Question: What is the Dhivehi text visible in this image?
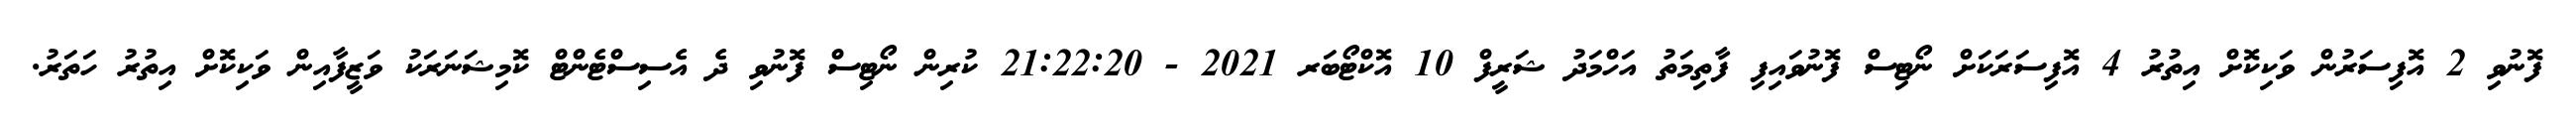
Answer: ފޮނުވި 2 އޮފިސަރުން ވަކިކޮށް އިތުރު 4 އޮފިސަރަކަށް ނޯޓިސް ފޮނުވައިފި ފާތިމަތު އަހްމަދު ޝަރީފް 10 އޮކްޓޯބަރ 2021 - 21:22:20 ކުރިން ނޯޓިސް ފޮނުވި ދެ އެސިސްޓެންޓް ކޮމިޝަނަރަކު ވަޒީފާއިން ވަކިކޮށް އިތުރު ހަތަރު.